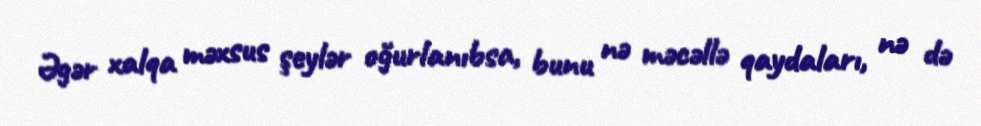
Əgər xalqa məxsus şeylər oğurlanıbsa, bunu nə məcəllə qaydaları, nə də